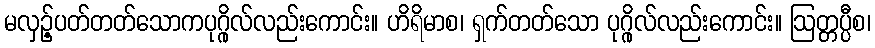
မလှဉ့်ပတ်တတ်သောကပုဂ္ဂိုလ်လည်းကောင်း။ ဟိရိမာစ၊ ရှက်တတ်သော ပုဂ္ဂိုလ်လည်းကောင်း။ ဩတ္တပ္ပီစ၊